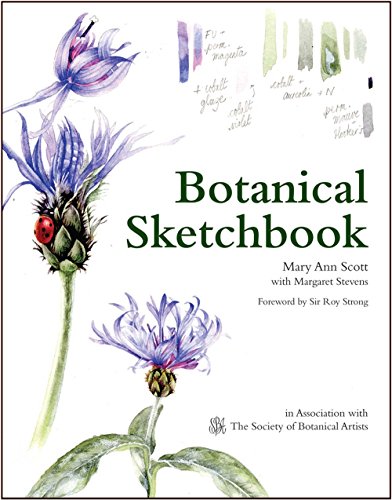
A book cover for Botanical Sketchbook; Mary Ann Scott; Arts & Photography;